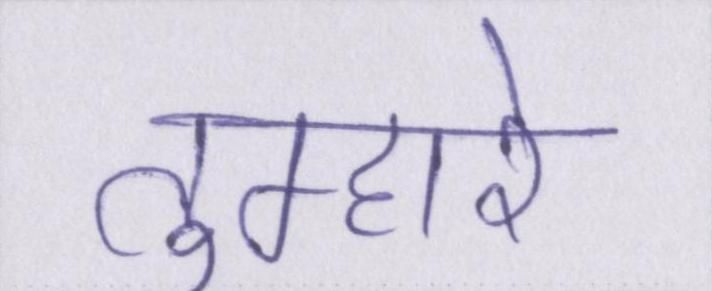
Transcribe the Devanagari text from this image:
तुम्हारे